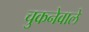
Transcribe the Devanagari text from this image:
चुकनेवाले